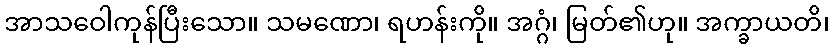
အာသဝေါကုန်ပြီးသော။ သမဏော၊ ရဟန်းကို။ အဂ္ဂံ၊ မြတ်၏ဟု။ အက္ခာယတိ၊